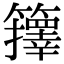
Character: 籜